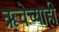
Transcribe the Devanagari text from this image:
ऋचेच्याही